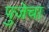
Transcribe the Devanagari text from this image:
पुजेचा